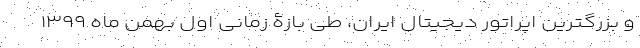
و بزرگترین اپراتور دیجیتال ایران، طی بازۀ زمانی اول بهمن ماه ۱۳۹۹